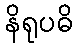
နိရုပဓိ